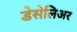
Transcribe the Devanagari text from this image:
डेसेलिअर